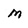
Character: m